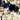
هي